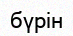
бүрін